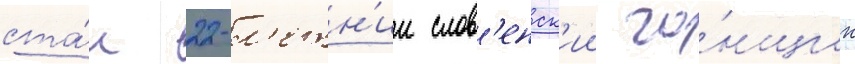
ста́л 22-л'етн'ии слов'енск'ии го́нщик